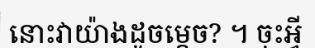
នោះវាយ៉ាងដូចម្តេច? ។ ចុះអ្វី